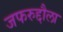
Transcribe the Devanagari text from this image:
जफरुद्दौला